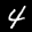
Label: 4